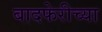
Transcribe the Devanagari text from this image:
बादफेरीच्या